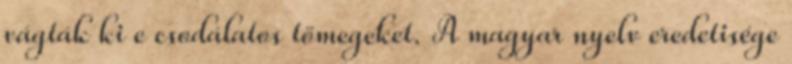
vágták ki e csodálatos tömegeket. A magyar nyelv eredetisége